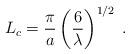
LaTeX: \begin{align*}L_c=\frac{\pi}{a}\left(\frac{6}{\lambda}\right)^{1/2}\;.\end{align*}